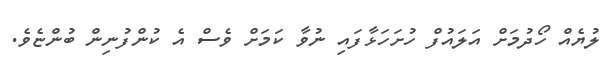
ލުޔެއް ހޯދުމަށް އަލައުފް ހުށަހަޅާފައި ނުވާ ކަމަށް ވެސް އެ ކުންފުނިން ބުންޏެވެ.